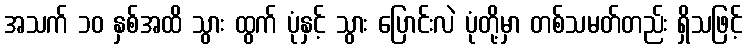
အသက် ၁၀ နှစ်အထိ သွား ထွက် ပုံနှင့် သွား ပြောင်းလဲ ပုံတို့မှာ တစ်သမတ်တည်း ရှိသဖြင့်